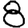
Digit: 8